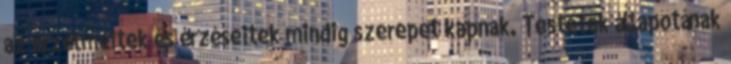
az érzelmeitek és érzéseitek mindig szerepet kapnak. Testetek állapotának